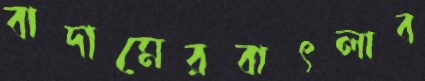
বাদামেরবাৎলাব